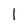
Character: 1